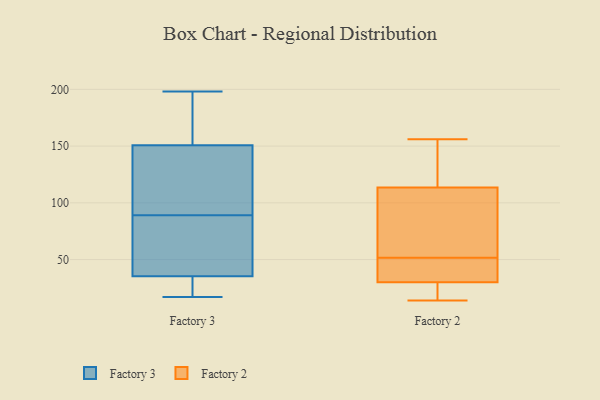
{"axis": {"x": "Revenue (USD Million)", "y": "Value"}, "legend": ["Factory 2", "Factory 3"], "data": [{"x": "", "y": 20, "type": "Factory 3"}, {"x": "", "y": 112, "type": "Factory 3"}, {"x": "", "y": 198, "type": "Factory 3"}, {"x": "", "y": 118, "type": "Factory 3"}, {"x": "", "y": 123, "type": "Factory 3"}, {"x": "", "y": 49, "type": "Factory 3"}, {"x": "", "y": 152, "type": "Factory 3"}, {"x": "", "y": 35, "type": "Factory 3"}, {"x": "", "y": 150, "type": "Factory 3"}, {"x": "", "y": 36, "type": "Factory 3"}, {"x": "", "y": 30, "type": "Factory 3"}, {"x": "", "y": 63, "type": "Factory 3"}, {"x": "", "y": 89, "type": "Factory 3"}, {"x": "", "y": 66, "type": "Factory 3"}, {"x": "", "y": 26, "type": "Factory 3"}, {"x": "", "y": 151, "type": "Factory 3"}, {"x": "", "y": 173, "type": "Factory 3"}, {"x": "", "y": 161, "type": "Factory 3"}, {"x": "", "y": 17, "type": "Factory 3"}, {"x": "", "y": 130, "type": "Factory 2"}, {"x": "", "y": 35, "type": "Factory 2"}, {"x": "", "y": 37, "type": "Factory 2"}, {"x": "", "y": 73, "type": "Factory 2"}, {"x": "", "y": 156, "type": "Factory 2"}, {"x": "", "y": 97, "type": "Factory 2"}, {"x": "", "y": 14, "type": "Factory 2"}, {"x": "", "y": 24, "type": "Factory 2"}, {"x": "", "y": 16, "type": "Factory 2"}, {"x": "", "y": 149, "type": "Factory 2"}, {"x": "", "y": 54, "type": "Factory 2"}, {"x": "", "y": 89, "type": "Factory 2"}, {"x": "", "y": 25, "type": "Factory 2"}, {"x": "", "y": 146, "type": "Factory 2"}, {"x": "", "y": 43, "type": "Factory 2"}, {"x": "", "y": 49, "type": "Factory 2"}]}